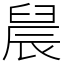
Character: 䢅